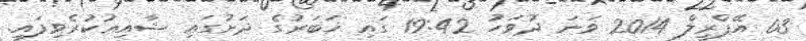
03 އޭޕްރީލް 2014 ވަނަ ދުވަހު 19:42 ގައި ޚަބަރުގެ ދަށުގައި ޝާއިޢުކުރެވިފައި.